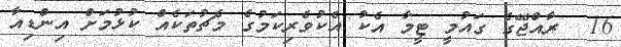
16  ރާއްޖޭގެ ގައުމީ ޓީމާ އެކު އެކުވެރިކަމުގެ މެޗުތަކެއް ކުޅުމަށް އިންޑިއާ